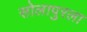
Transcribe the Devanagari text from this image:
सोलापुरला